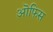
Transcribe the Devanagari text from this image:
ऒफिस